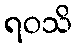
ရဝသိ